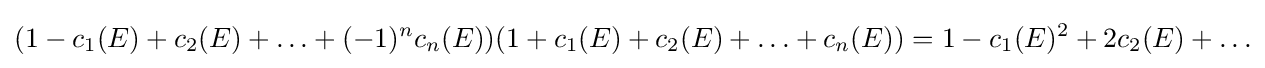
(1-c_{1}(E)+c_{2}(E)+\ldots +(-1)^{n}c_{n}(E))(1+c_{1}(E)+c_{2}(E)+\ldots +c_{n}(E))=1-c_{1}(E)^{2}+2c_{2}(E)+\ldots